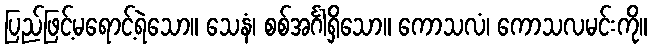
ပြည်ဖြင့်မရောင့်ရဲသော။ သေနံ၊ စစ်အင်္ဂါရှိသော။ ကောသလံ၊ ကောသလမင်းကို။